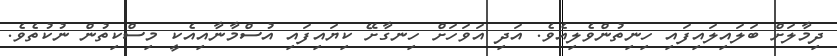
ދިމާލަށް ބަލައިލައިފައި ހިނިތުންވެލިއެވެ. އަދި އަވަހަށް ހިނގާށޭ ކިޔައިފައި އުސްމާނާއިއެކީ މިސްކިތުން ނުކުތެވެ.